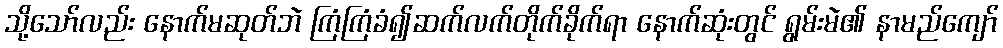
သို့သော်လည်း နောက်မဆုတ်ဘဲ ကြံကြံခံ၍ဆက်လက်တိုက်ခိုက်ရာ နောက်ဆုံးတွင် ရွမ်းမဲ၏ နာမည်ကျော်